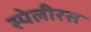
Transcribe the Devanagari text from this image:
स्पेलीरस